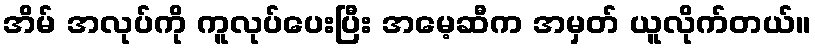
အိမ် အလုပ်ကို ကူလုပ်ပေးပြီး အမေ့ဆီက အမှတ် ယူလိုက်တယ်။